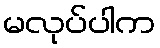
မလုပ်ပါက